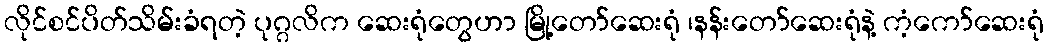
လိုင်စင်ပိတ်သိမ်းခံရတဲ့ ပုဂ္ဂလိက ဆေးရုံတွေဟာ မြို့တော်ဆေးရုံ ၊နန်းတော်ဆေးရုံနဲ့ ကံ့ကော်ဆေးရုံ